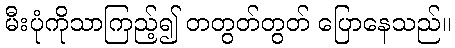
မီးပုံကိုသာကြည့်၍ တတွတ်တွတ် ပြောနေသည်။